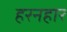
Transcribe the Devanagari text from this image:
हरनहार